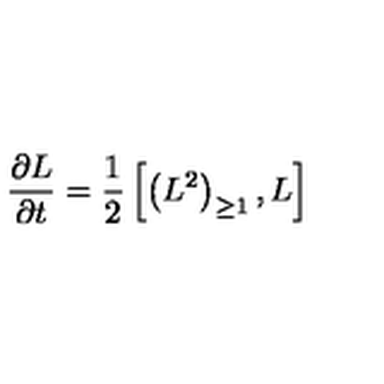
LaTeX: { \frac { \partial L } { \partial t } } = { \frac { 1 } { 2 } } \left[ \left( L ^ { 2 } \right) _ { \geq 1 } , L \right]